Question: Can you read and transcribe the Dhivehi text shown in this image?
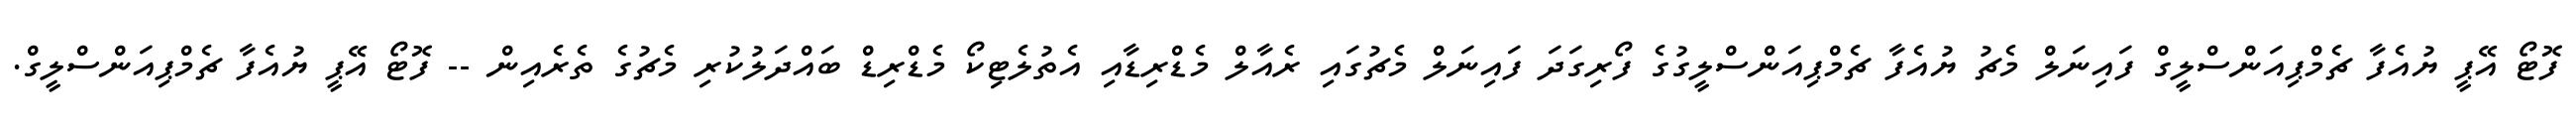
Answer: ފޮޓޯ އޭޕީ ޔުއެފާ ޗެމްޕިއަންސްލީގް ފައިނަލް މެޗު ޔުއެފާ ޗެމްޕިއަންސްލީގުގެ ފޯރިގަދަ ފައިނަލް މެޗުގައި ރެއާލް މެޑްރިޑާއި އެތުލެޓިކޯ މެޑްރިޑް ބައްދަލުކުރި މެޗުގެ ތެރެއިން -- ފޮޓޯ އޭޕީ ޔުއެފާ ޗެމްޕިއަންސްލީގް.